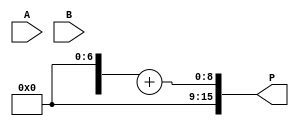
module WallaceTreeMultiplier #(parameter N = 8) (
    input  wire [N-1:0] A,
    input  wire [N-1:0] B,
    output reg [2*N-1:0] P
);
    // Intermediate signals
    wire [N-1:0] pp [0:N-1]; // Partial products
    wire [N-1:0] sum [0:N-1]; // Sums from CSA
    wire [N-1:0] carry [0:N-1]; // Carries from CSA

    // Generate Partial Products
    genvar i, j;
    generate
        for (i = 0; i < N; i = i + 1) begin : gen_partial_products
            assign pp[i] = A & {N{B[i]}};
        end
    endgenerate

    // Wallace Tree Structure
    // Level 1: Combine partial products using CSAs
    generate
        for (i = 0; i < N-1; i = i + 1) begin : CSA_level1
            if (i % 3 == 0) begin
                assign {carry[i/3], sum[i/3]} = pp[i] + pp[i+1] + pp[i+2];
            end
        end
    endgenerate

    // Level 2: Combine sums and carries from Level 1
    generate
        for (i = 0; i < (N+2)/3; i = i + 1) begin : CSA_level2
            if (i % 3 == 0) begin
                assign {carry[N/3 + i/3], sum[N/3 + i/3]} = sum[i] + sum[i+1] + carry[i];
            end
        end
    endgenerate

    // Final Addition
    wire [2*N-1:0] final_sum;
    wire [2*N-1:0] final_carry;

    assign final_sum = sum[(N+2)/3] + carry[(N+2)/3];

    // Output the final product
    always @(*) begin
        P = final_sum; // Assign final product
    end

endmodule